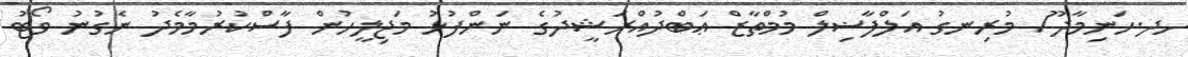
ހދ.ހަނިމާދޫ/ މުރިނގު އަލްފާޟިލް މުމްތާޒް ޢަބްދުއްރަޝީދުގެ ނަންފުޅު މަޖިލީހުން ފާސްކުރުމާމެދު ނެގުނު ވޯޓު